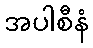
အပါစီနံ